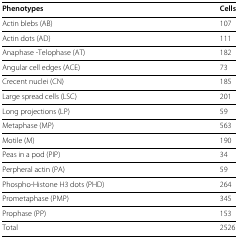
<table><thead><tr><td><b>Phenotypes</b></td><td><b>Cells</b></td></tr></thead><tbody><tr><td>Actin blebs (AB)</td><td>107</td></tr><tr><td>Actin dots (AD)</td><td>111</td></tr><tr><td>Anaphase -Telophase (AT)</td><td>182</td></tr><tr><td>Angular cell edges (ACE)</td><td>73</td></tr><tr><td>Crecent nuclei (CN)</td><td>185</td></tr><tr><td>Large spread cells (LSC)</td><td>201</td></tr><tr><td>Long projections (LP)</td><td>59</td></tr><tr><td>Metaphase (MP)</td><td>563</td></tr><tr><td>Motile (M)</td><td>190</td></tr><tr><td>Peas in a pod (PIP)</td><td>34</td></tr><tr><td>Perpheral actin (PA)</td><td>59</td></tr><tr><td>Phospho-Histone H3 dots (PHD)</td><td>264</td></tr><tr><td>Prometaphase (PMP)</td><td>345</td></tr><tr><td>Prophase (PP)</td><td>153</td></tr><tr><td>Total</td><td>2526</td></tr></tbody></table>